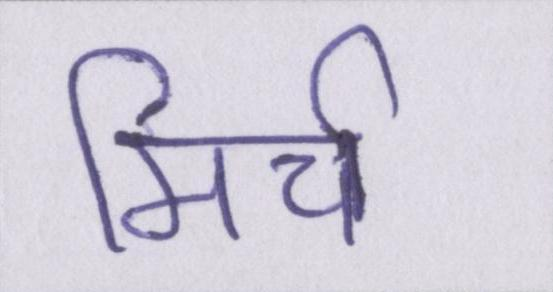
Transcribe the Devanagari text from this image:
मिर्च